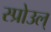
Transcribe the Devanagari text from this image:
स्प्रोउल्